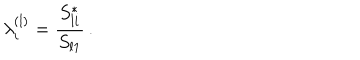
LaTeX: \lambda _ { i } ^ { ( l ) } = \frac { S _ { l i } ^ { * } } { S _ { l 1 } } \, .